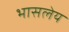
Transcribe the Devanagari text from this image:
भासलेय